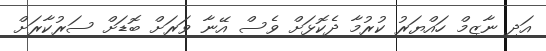
އަދި ނާޒިމް ހައްޔަރު ކުރުމާ ދެކޮޅަށް ވެސް އޭނާ ވަރަށް ބޮޑަށް ސަރުކާރަށް